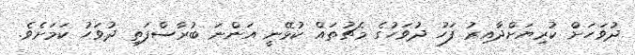
ދުވަހަށް ކުރިޔަށްދާއިރު ފަހު ދުވަހުގެ މެޗުތައް ކުޅޭނީ އަންނަ ބުރާސްފަތި ދުވަހު ކަމަށެވެ.